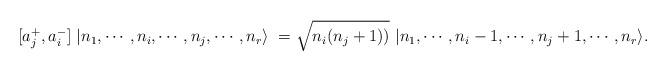
LaTeX: \begin{align*}[a_j^{+}, a_i^-]~ |n_1,\cdots, n_i,\cdots,n_j ,\cdots, n_r\rangle\ = \sqrt{n_i(n_j+1))}~|n_1,\cdots, n_i-1,\cdots, n_j+1,\cdots , n_r\rangle.\end{align*}